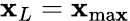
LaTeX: \mathbf{x}_{L}=\mathbf{x}_{\mathrm{{ma\mathbf{x}}}}